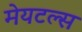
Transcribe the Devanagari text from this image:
मेयटल्स